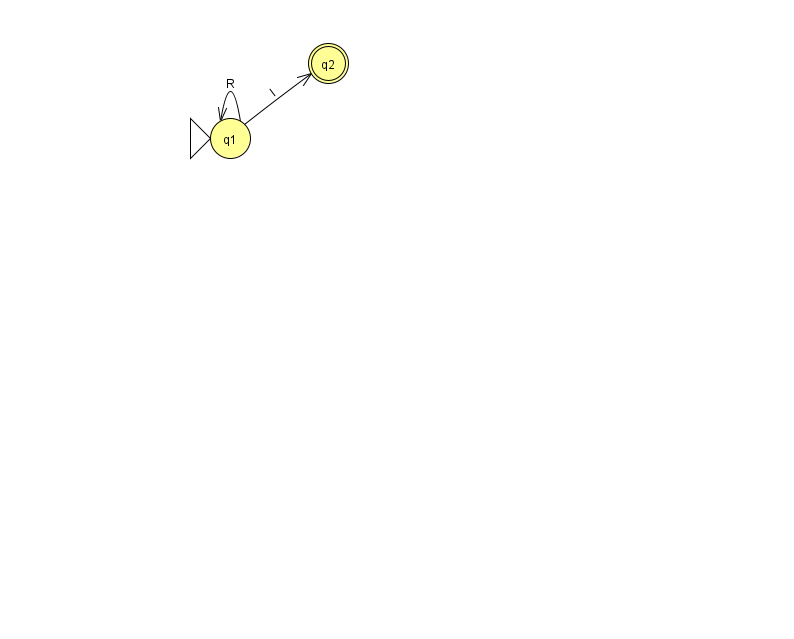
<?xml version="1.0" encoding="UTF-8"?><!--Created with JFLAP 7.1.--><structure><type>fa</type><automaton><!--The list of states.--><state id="1" name="q1"><x>230.0</x><y>125.0</y><initial/></state><state id="2" name="q2"><x>328.0</x><y>50.0</y><final/></state><!--The list of transitions.--><transition><from>1</from><to>1</to><read>R</read></transition><transition><from>1</from><to>2</to><read>l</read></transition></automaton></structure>